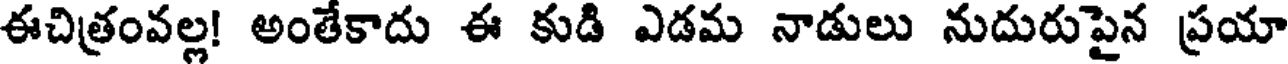
ఈచిత్రంవల్ల! అంతేకాదు ఈ కుడి ఎడమ నాడులు నుదురుపైన ప్రయా